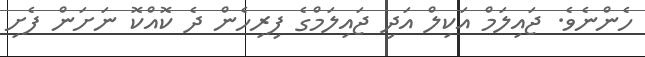
ހެންނެވެ. ޖައިލަމް އަކިލް އަދި ޖައިލަމްގެ ފިރިހެން ދެ ކޮއްކޮ ނަށަން ފެށި